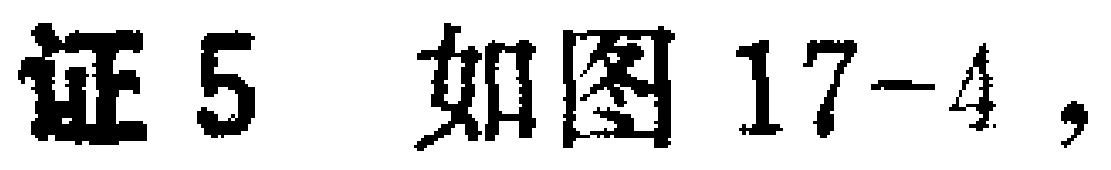
证5 如图17-4，